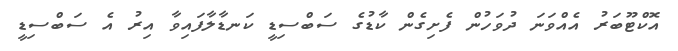
އޮކްޓޫބަރު އެއްވަނަ ދުވަހުން ފެށިގެން ކާޑުގެ ސަބްސިޑީ ކަނޑާލާފައިވާ އިރު އެ ސަބްސިޑީ